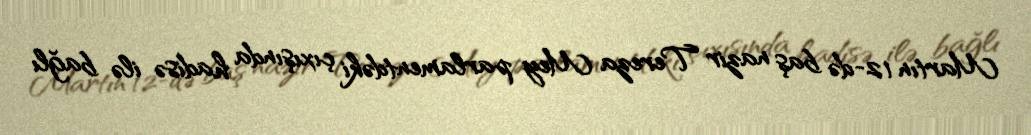
Martın 12-də baş nazir Tereza Mey parlamentdəki çıxışında hadisə ilə bağlı